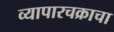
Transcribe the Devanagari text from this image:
व्यापारचक्राचा